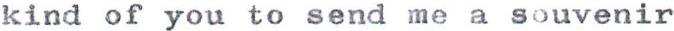
kind of you to send me a souvenir